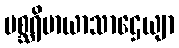
မစ္ဆရိမာယာသာဌေယျာ